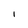
Character: I